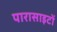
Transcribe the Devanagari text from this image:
पारासाइटों